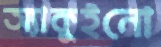
অ্যাকুইনো